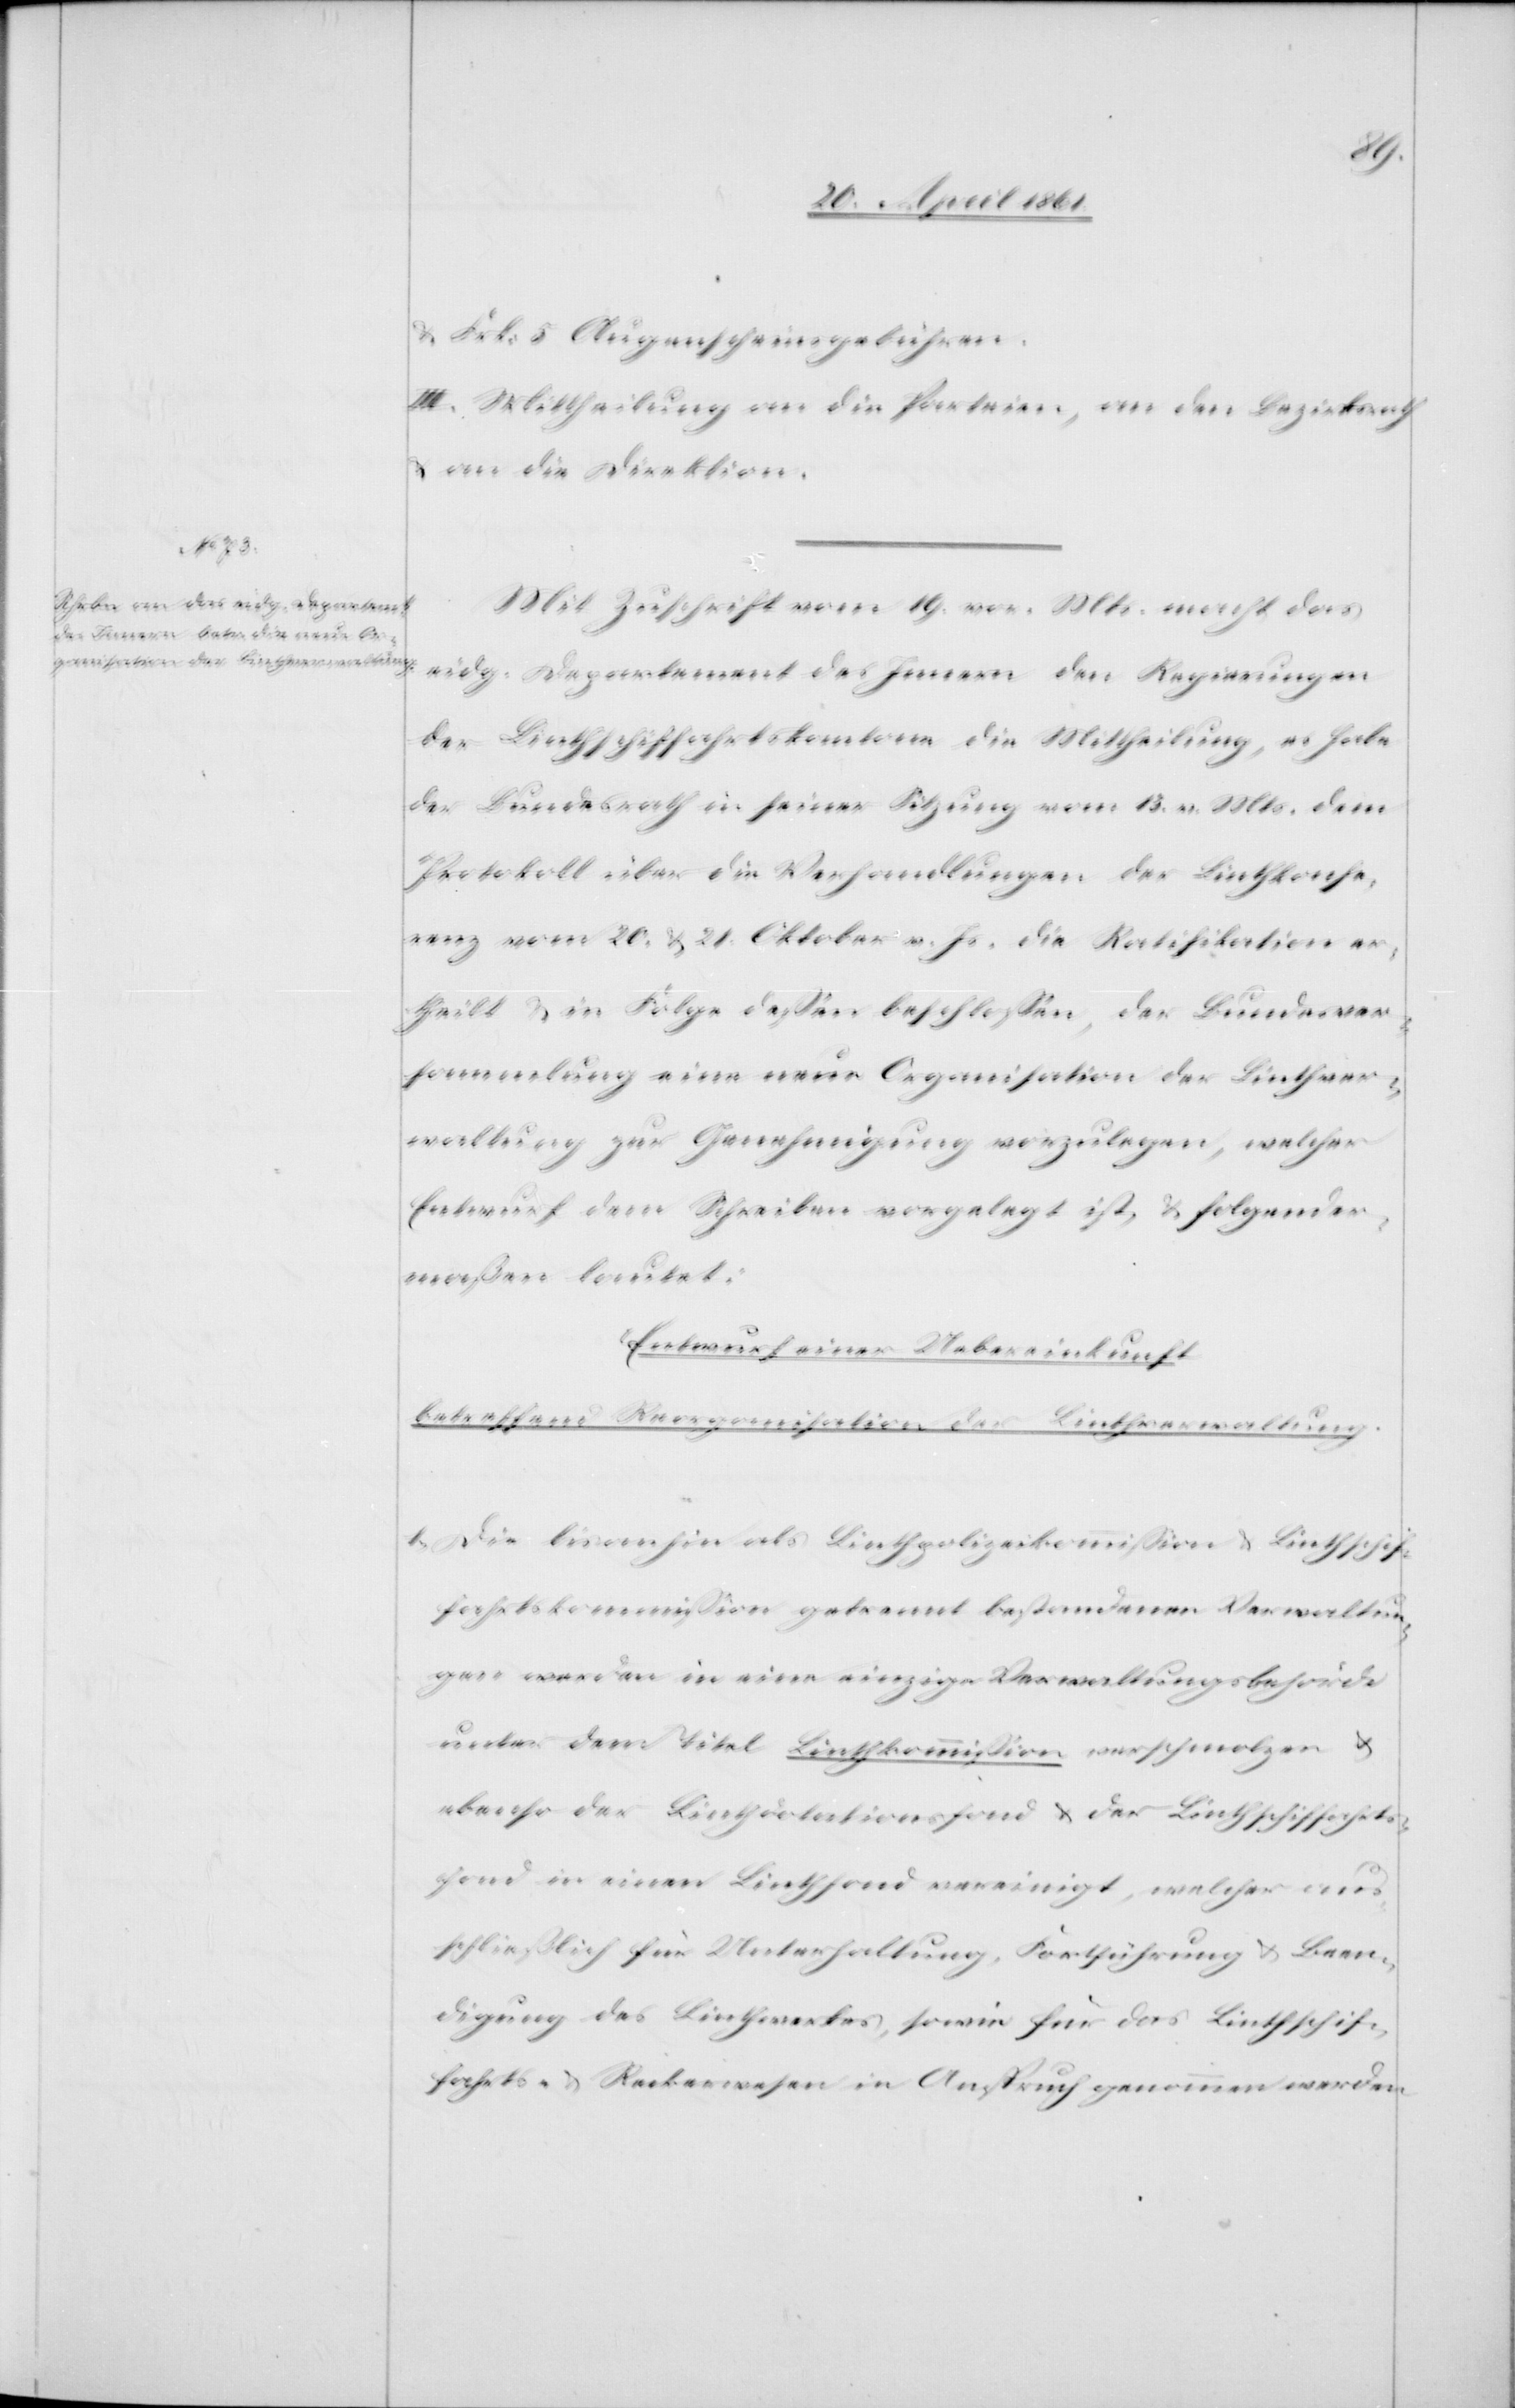
u. Frk. 5 Augenscheingebühren.
III. Mittheilung an die Petenten, an den Bezirksrath
u. an die Direktion.
Mit Zuschrift vom 19. vor. Mts. macht das
eidg. Departement des Innern den Regierungen
der Linthschiffahrtskantone die Mittheilung, es habe
der Bundesrath in seiner Sitzung vom 13. v. Mts. dem
Protokoll über die Verhandlungen der Linthkonfe¬
renz vom 20. u. 21. Oktober v. Js. die Ratifikation er¬
theilt u. in Folge dessen beschlossen, der Bundesver¬
sammlung eine neue Organisation der Linthver¬
waltung zur Genehmigung vorzulegen, welcher
Entwurf dem Schreiben vorgelegt ist u. folgender¬
maßen lautet:
Entwurf einer Uebereinkunft
betreffend Reorganisation der Linthverwaltung.
1. Die bisanhin als Linthpolizeikommission u. Linthschif¬
fahrtskommission getrennt bestandenen Verwaltun¬
gen werden in eine einzige Verwaltungsbehörde
unter dem Titel Linthkommission verschmolzen u.
ebenso der Linthdotationsfond u. der Linthschiffahrts¬
fond in einen Linthfond vereinigt, welcher aus¬
schließlich für Unterhaltung, Fortführung u. Been¬
digung des Linthwerkes, sowie für das Linthschif¬
fahrts- u. Reckerwesen in Anspruch genommen werden